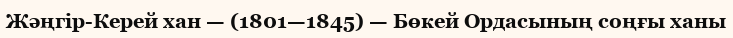
Жәңгір-Керей хан — (1801—1845) — Бөкей Ордасының соңғы ханы